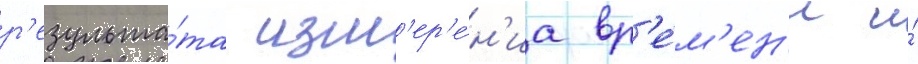
р'езульта́та изм'ер'е́н'иа вр'е́м'ен'и и́